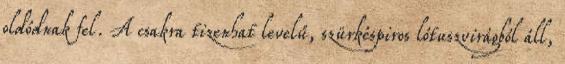
oldódnak fel. A csakra tizenhat levelű, szürkéspiros lótuszvirágból áll,